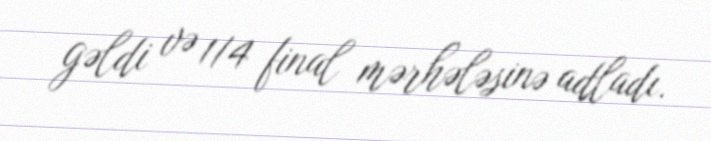
gəldi və 1/4 final mərhələsinə adladı.